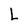
Character: L